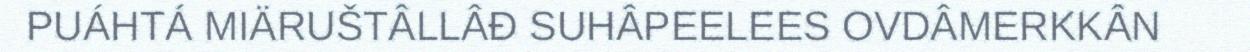
PUÁHTÁ MIÄRUŠTÂLLÂĐ SUHÂPEELEES OVDÂMERKKÂN